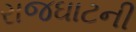
રાજઘાટની